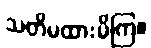
သတိမထားမိကြ။